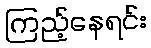
ကြည့်နေရင်း